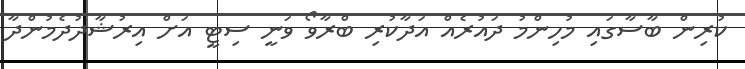
ކުރިން ބާސާގައި މުހިންމު ދައުރެއް އަދާކުރި ބްރާވޯ ވަނީ ސިޓީ އަށް އިރުޝާދުދެމުންދާ